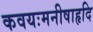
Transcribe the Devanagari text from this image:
कवयःमनीषाहृदि